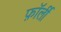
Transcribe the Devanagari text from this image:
फ़ॉर्ली